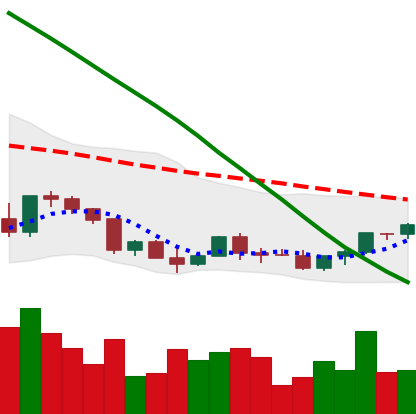
Ticker: EOS-USD
Chart end date: 2022-03-18
Forward return: 17.4%
Label: up_7plus